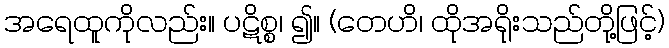
အရေထူကိုလည်း။ ပဋိစ္စ၊ ၍။ (တေဟိ၊ ထိုအရိုးသည်တို့ဖြင့်)